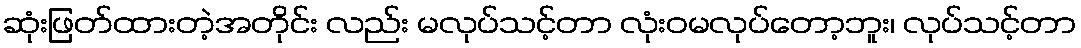
ဆုံးဖြတ်ထားတဲ့အတိုင်း လည်း မလုပ်သင့်တာ လုံးဝမလုပ်တော့ဘူး၊ လုပ်သင့်တာ